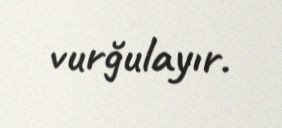
vurğulayır.